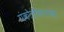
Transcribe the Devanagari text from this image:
पंकोळीसारखा